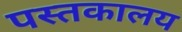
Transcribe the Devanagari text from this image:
पस्तकालय